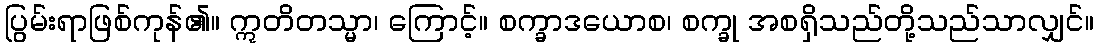
ပြွမ်းရာဖြစ်ကုန်၏။ ဣတိတသ္မာ၊ ကြောင့်။ စက္ခာဒယောစ၊ စက္ခု အစရှိသည်တို့သည်သာလျှင်။